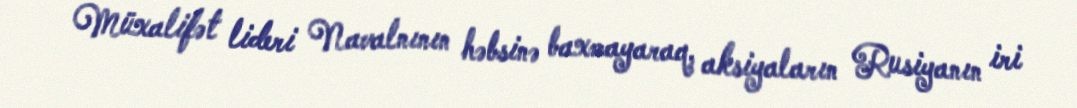
Müxalifət lideri Navalnının həbsinə baxmayaraq, aksiyaların Rusiyanın iri